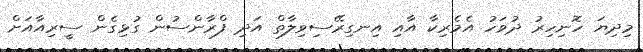
މިދިޔަ ހޮނިހިރު ދުވަހު އެމެރިކާ އާއި އިނގިރޭސިވިލާތް އަދި ފްރާންސުން ގުޅިގެން ސީރިއާއަށް